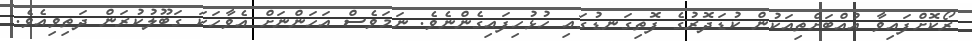
ރޯކޮށްފައިވާ އުއްބަށްތިއަކުން ކުޑަދޮރުގެ ފޮތިގަނޑުގައި ހުޅުހިފައިގެންނެވެ. ނަމަވެސް އަހަންނަށް އެވާހަކަ ގަބޫލުކުރަން ދަތިވިއެވެ.